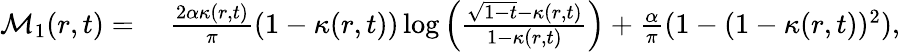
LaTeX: \begin{array}{rl}{\mathcal{M}_{1}(r,t)=}&{{}\; \frac{2\alpha\kappa(r,t)}{\pi}(1-\kappa(r,t))\log\left(\frac{\sqrt{1-t}-\kappa(r,t)}{1-\kappa(r,t)}\right)+\frac{\alpha}{\pi}(1-(1-\kappa(r,t))^{2}),}\end{array}